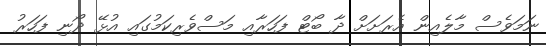
ނަމަވެސް މާލެއިން އެރަށަށް ދާ ބޯޓް ފަހަރާއި މަސްވެރިކަމުގައި އުޅޭ ދޯނި ފަހަރު